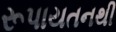
રૂપાયતનથી